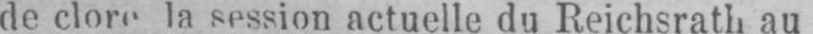
de clore la session actuelle du Reichsrath au